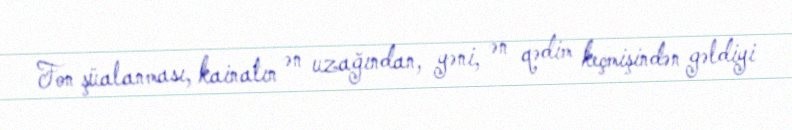
Fon şüalanması, kainatın ən uzağından, yəni, ən qədim keçmişindən gəldiyi